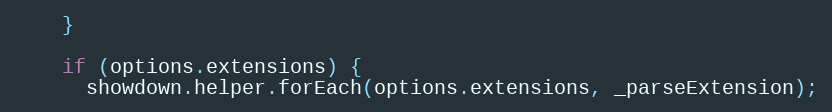
Language: JavaScript
    }

    if (options.extensions) {
      showdown.helper.forEach(options.extensions, _parseExtension);